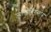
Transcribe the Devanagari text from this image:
ज्योतिर्लिंगस्तोत्र